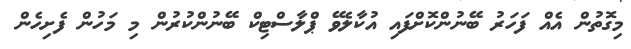
މިގޮތުން އެއް ފަހަރު ބޭނުންކޮށްފައި އުކާލެވޭ ޕްލާސްޓިކް ބޭނުންކުރުން މި މަހުން ފެށިހެން